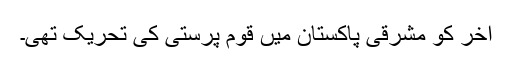
آخر کو مشرقی پاکستان میں قوم پرستی کی تحریک تھی۔